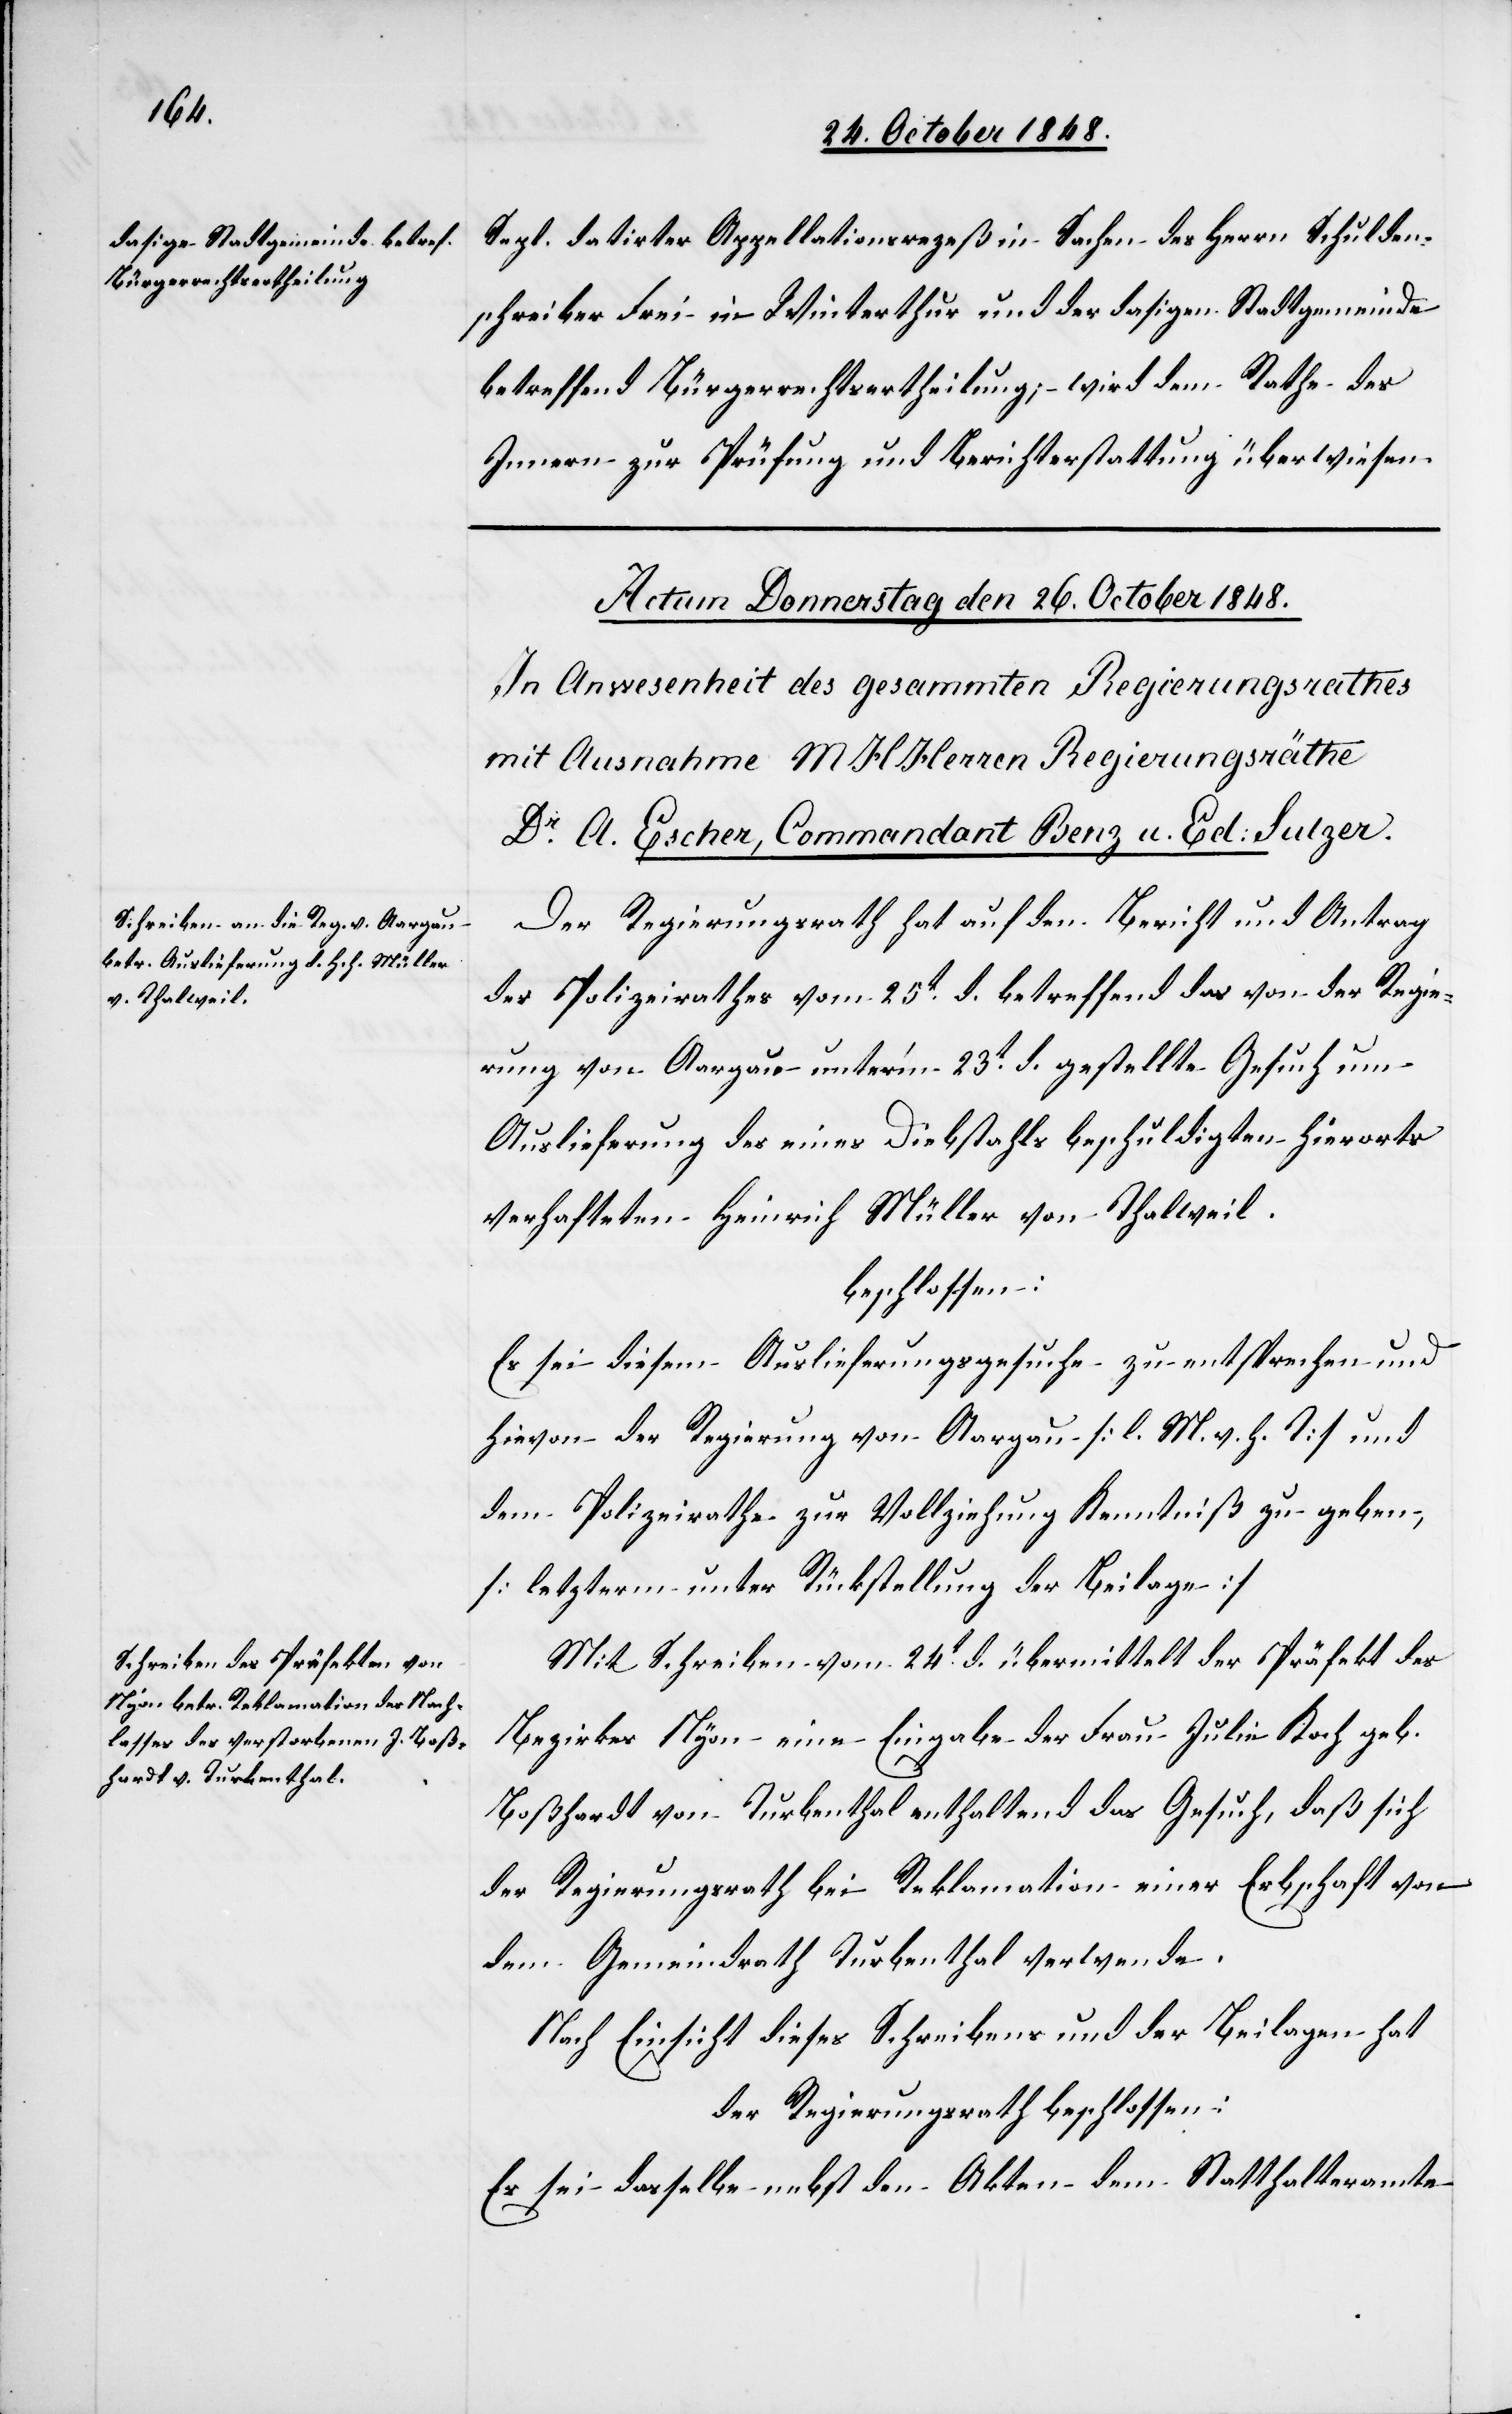
Sept. datirter Appellationsrezeß in Sachen des Herrn Schulden¬
schreiber Frei in Winterthur und der dasigen Stadtgemeinde
betreffend Bürgerrechtsertheilung; – wird dem Rathe des
Innern zur Prüfung und Berichterstattung überwiesen.
Der Regierungsrath hat auf den Bericht und Antrag
des Polizeirathes vom 25t d. betreffend das von der Regie¬
rung von Aargau unter’m 23t d. gestellte Gesuch um
Auslieferung des eines Diebstahls beschuldigten hierorts
verhafteten Heinrich Müller von Thalweil
beschlossen:
Es sei diesem Auslieferungsgesuche zu entsprechen und
hievon der Regierung von Aargau [l. M. v. h. T] und
dem Polizeirathe zur Vollziehung Kenntniß zu geben,
[letzterm unter Rückstellung der Beilage]
Mit Schreiben vom 24t d. übermittelt der Präfekt des
Bezirkes Nyon eine Eingabe der Frau Julie Koch geb.
Boßhardt von Tubenthal enthaltend das Gesuch, daß sich
der Regierungsrath bei Reklamation einer Erbschaft von
dem Gemeindrath Turbenthal verwende.
Nach Einsicht dieses Schreibens und der Beilagen hat
der Regierungsrath beschlossen:
Es sei dasselbe nebst den Akten dem Statthalteramte